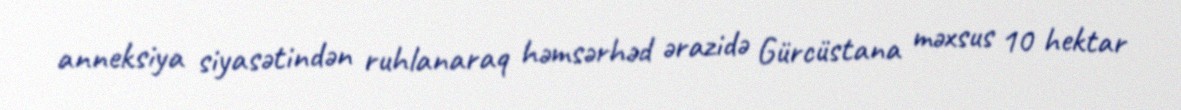
anneksiya siyasətindən ruhlanaraq həmsərhəd ərazidə Gürcüstana məxsus 10 hektar